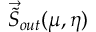
\vec { \tilde { S } } _ { o u t } ( \mu , \eta )